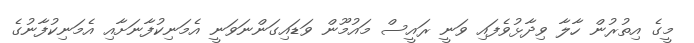
މީގެ އިތުރުން ހާލާ ވިދާޅުވެފައި ވަނީ ރައީސް މައުމޫން ވަޑައިގަންނަވަނީ އެމަނިކުފާނަށާއި އެމަނިކުފާނުގެ